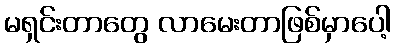
မရှင်းတာတွေ လာမေးတာဖြစ်မှာပေါ့